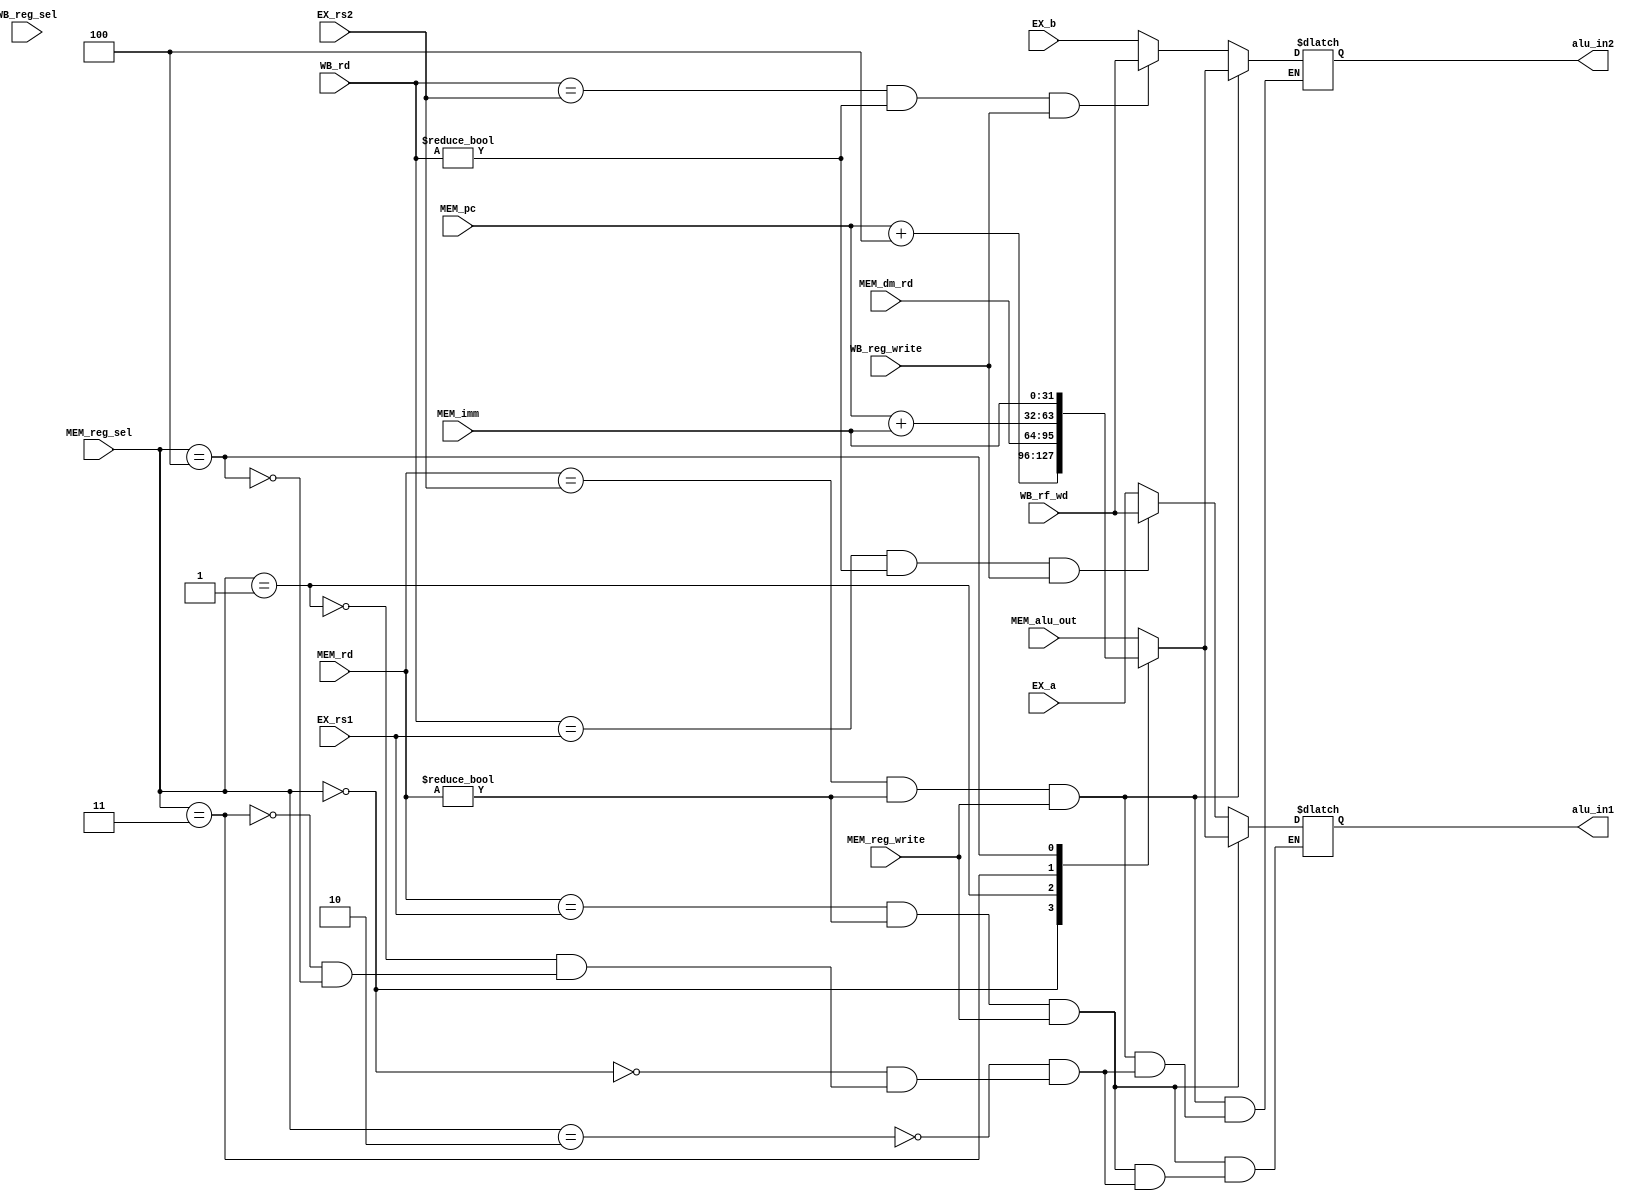
module forward (
    input [4:0] EX_rs1, EX_rs2, MEM_rd, WB_rd,
    input MEM_reg_write, WB_reg_write,
    input [2:0] MEM_reg_sel, WB_reg_sel,
    input [31:0] EX_a, EX_b, MEM_alu_out, WB_rf_wd, MEM_pc, MEM_dm_rd, MEM_imm,
    output reg [31:0] alu_in1, alu_in2
);

    parameter NEXT_PC = 3'b000;
    parameter MEM_OUT = 3'b001;
    parameter ALU_OUT = 3'b010;
    parameter IMM_PC = 3'b011;
    parameter IMM_ONLY = 3'b100;
    always@(*) begin
        if (MEM_rd == EX_rs1 && (MEM_rd != 0) && MEM_reg_write) begin
            case (MEM_reg_sel)
                ALU_OUT: alu_in1 = MEM_alu_out;
                NEXT_PC: alu_in1 = MEM_pc + 4;
                MEM_OUT: alu_in1 = MEM_dm_rd;
                IMM_PC: alu_in1 = MEM_pc + MEM_imm;
                IMM_ONLY: alu_in1 = MEM_imm;
            endcase
        end
        else if (WB_rd == EX_rs1 && (WB_rd != 0) && WB_reg_write) begin
            alu_in1 = WB_rf_wd;
        end
        else
            alu_in1 = EX_a;
            
        if (MEM_rd == EX_rs2 && (MEM_rd != 0) && MEM_reg_write) begin
            case (MEM_reg_sel)
                ALU_OUT: alu_in2 = MEM_alu_out;
                NEXT_PC: alu_in2 = MEM_pc + 4;
                MEM_OUT: alu_in2 = MEM_dm_rd;
                IMM_PC: alu_in2 = MEM_pc + MEM_imm;
                IMM_ONLY: alu_in2 = MEM_imm;
            endcase
        end
        else if (WB_rd == EX_rs2 && (WB_rd != 0) && WB_reg_write) begin
            alu_in2 = WB_rf_wd;
        end 
        else
            alu_in2 = EX_b;
    end
endmodule